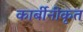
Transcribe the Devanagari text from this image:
कार्बीनीकृत